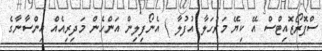
ސްޕޮރޯޒޮއިޓްސް އޭ ކިޔޭ މަރުހަލާ އުފުލާ ) އެނޯފިލިން އަންހެން މަދިރިއެއް އިންސާނާގެ